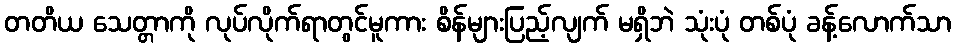
တတိယ သေတ္တာကို လုပ်လိုက်ရာတွင်မူကား စိန်များပြည့်လျက် မရှိဘဲ သုံးပုံ တစ်ပုံ ခန့်လောက်သာ